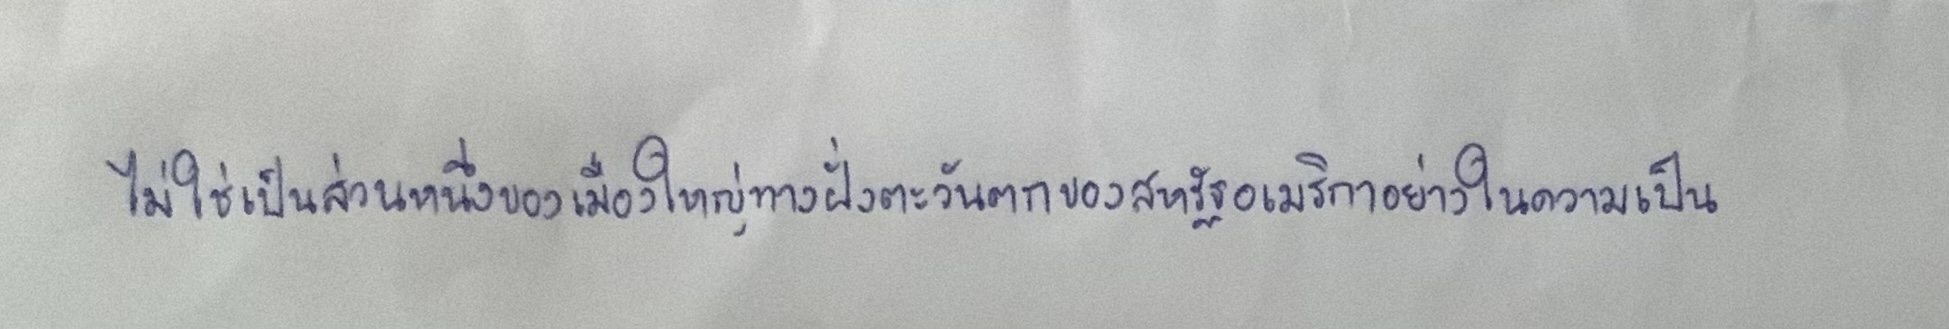
ไม่ใช่เป็นส่วนหนึ่งของเมืองใหญ่ทางฝั่งตะวันตกของสหรัฐอเมริกาอย่างในความเป็น